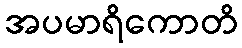
အပမာရိကောတိ